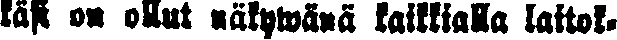
käsi on ollut näkywänä kaikkialla laitok-